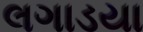
લગાડયા